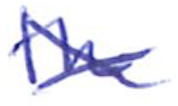
Text: the
Cross-out: cross
Writing tool: ballpoint